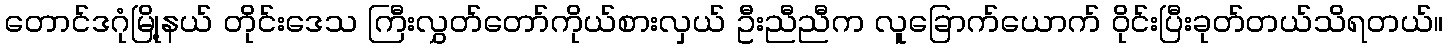
တောင်ဒဂုံမြို့နယ် တိုင်းဒေသ ကြီးလွှတ်တော်ကိုယ်စားလှယ် ဦးညီညီက လူခြောက်ယောက် ဝိုင်းပြီးခုတ်တယ်သိရတယ်။